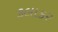
કલાકર